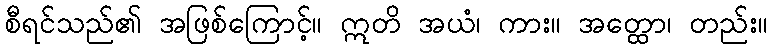
စီရင်သည်၏ အဖြစ်ကြောင့်။ ဣတိ အယံ၊ ကား။ အတ္ထော၊ တည်း။